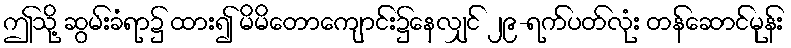
ဤသို့ ဆွမ်းခံရာ၌ ထား၍ မိမိတောကျောင်း၌နေလျှင် ၂၉-ရက်ပတ်လုံး တန်ဆောင်မုန်း